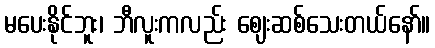
မပေးနိုင်ဘူး၊ ဘီလူးကလည်း ဈေးဆစ်သေးတယ်နော်။